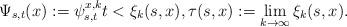
LaTeX: \begin{align*}\Psi_{s,t}(x):=\psi_{s,t}^{x,k} t<\xi_k(s,x),\tau(s,x):=\lim_{k\rightarrow\infty}\xi_k(s,x).\end{align*}